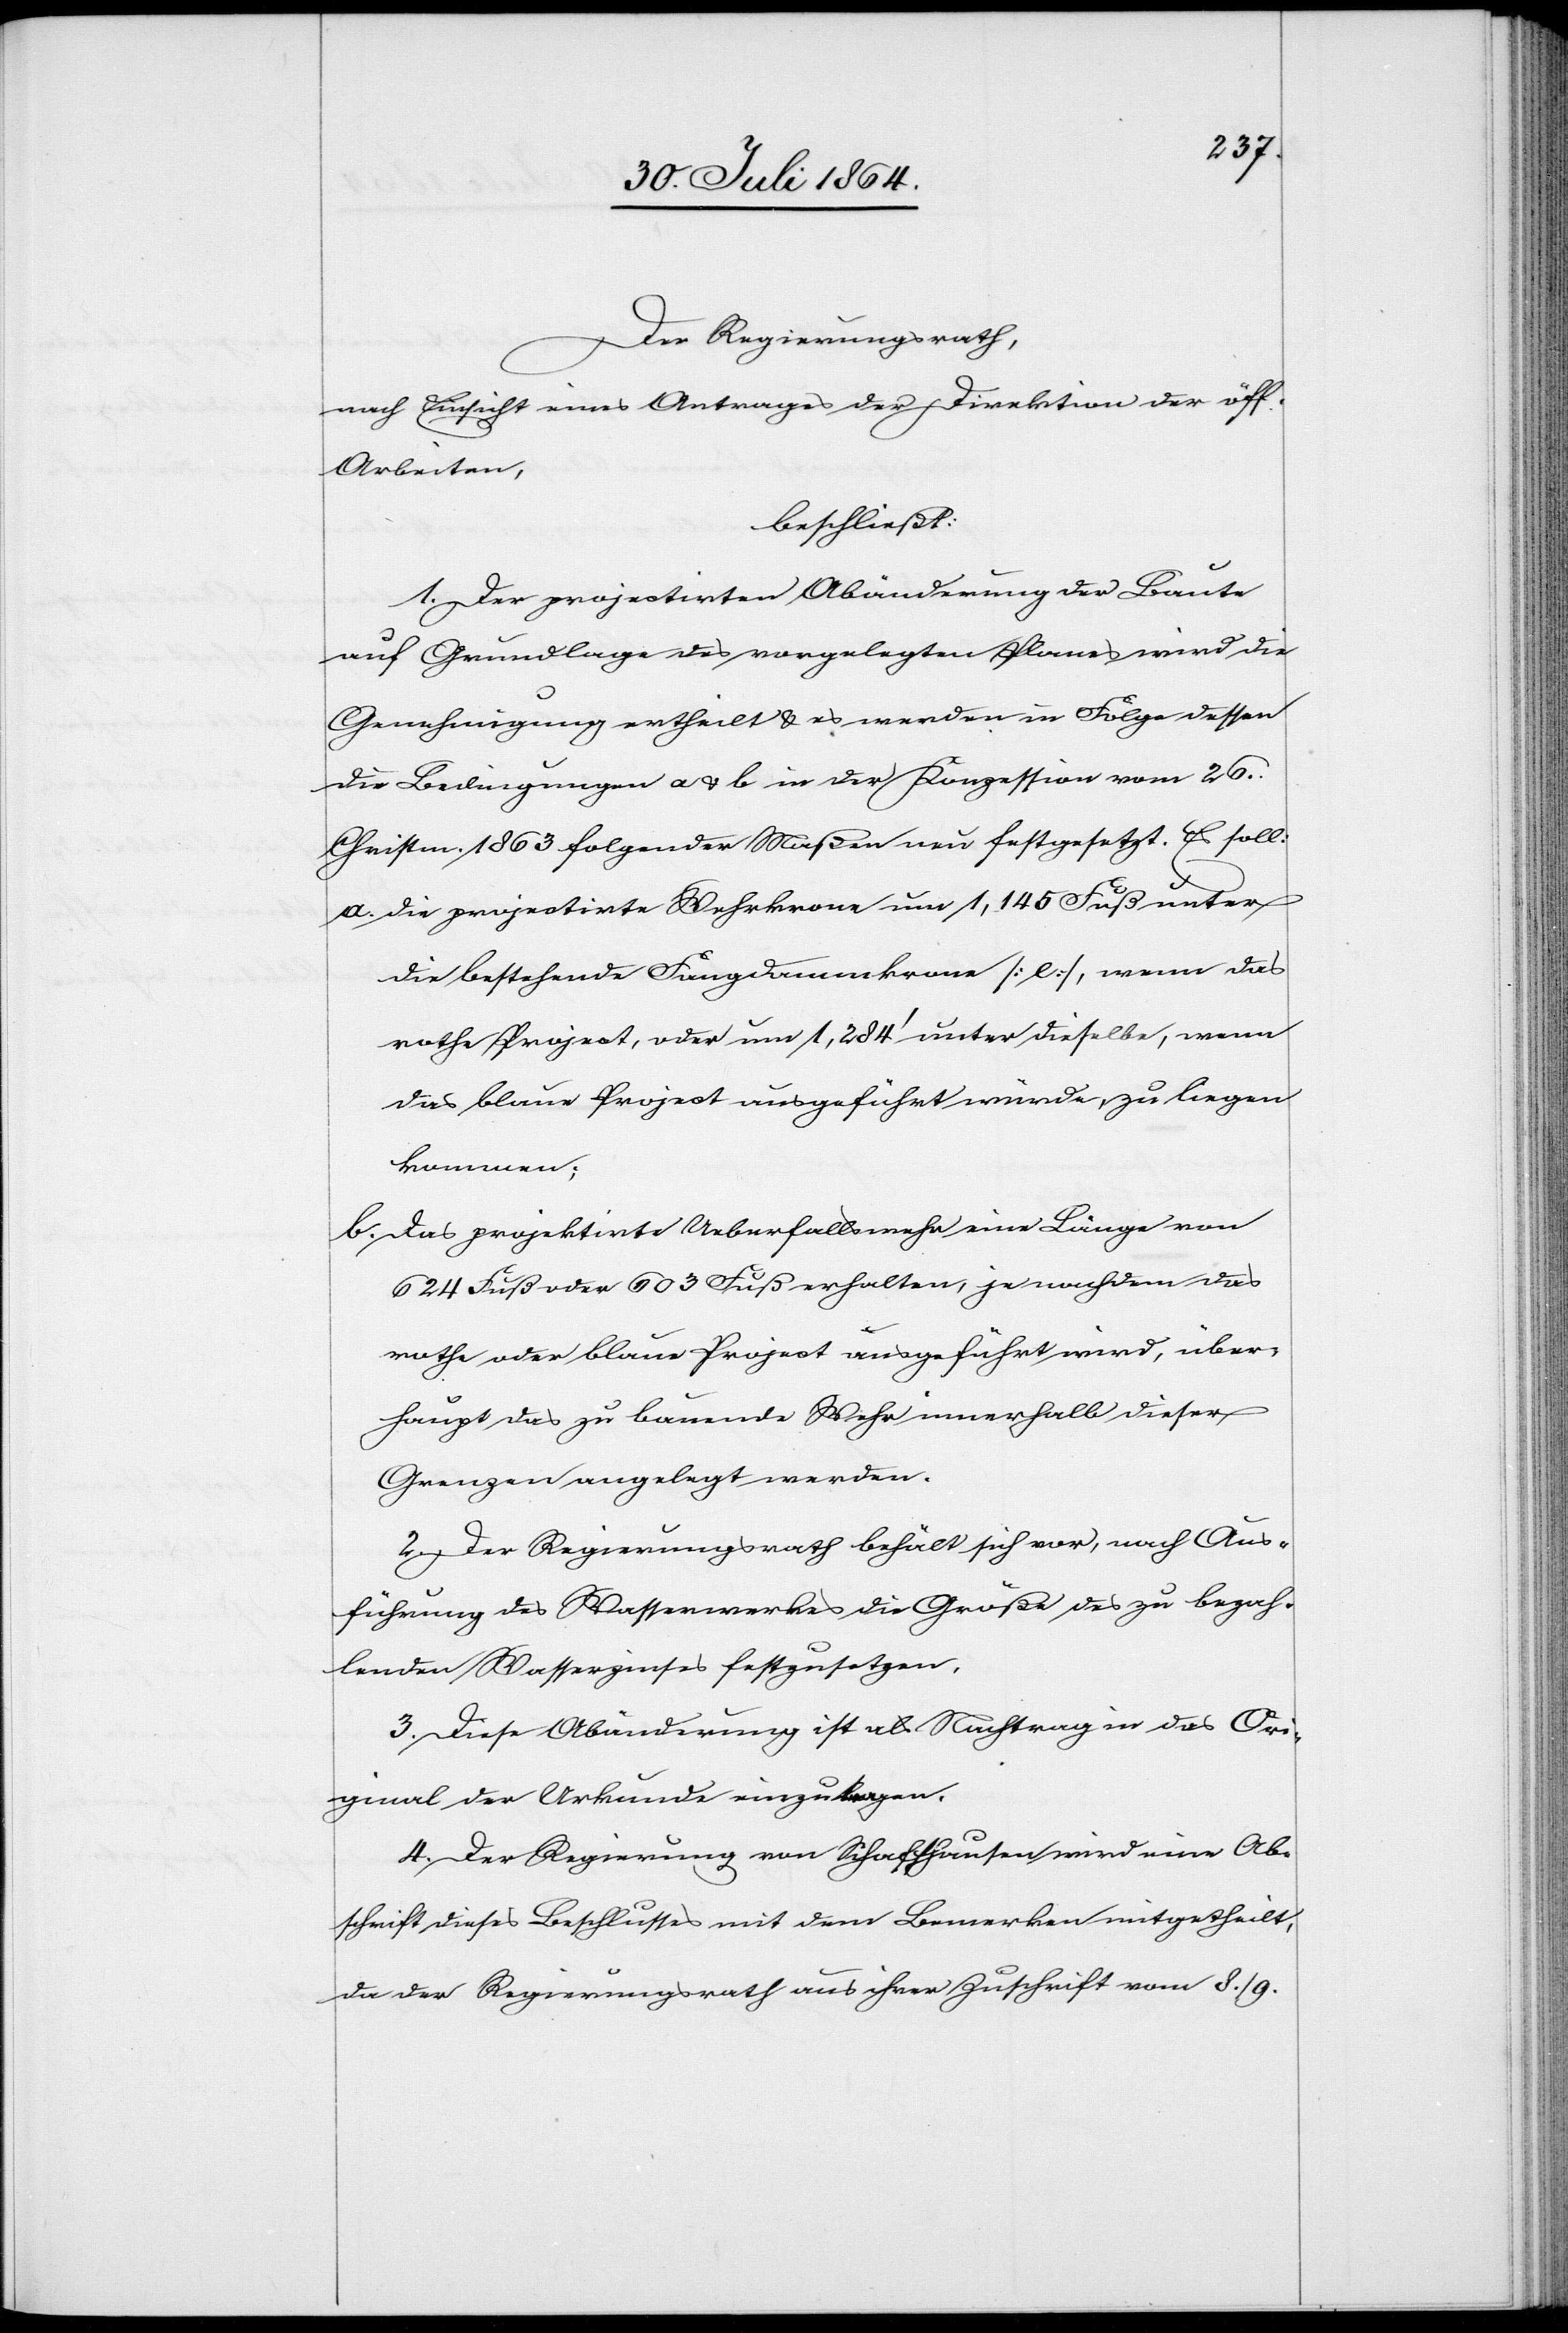
Der Regierungsrath,
nach Einsicht eines Antrages der Direktion der öff.
Arbeiten,
beschließt:
1. Der projectirten Abänderung der Baute
auf Grundlage des vorgelegten Planes wird die
Genehmigung ertheilt & es werden in Folge dessen
die Bedingungen a & b in der Konzession vom 26.
Christm. 1863 folgender Maßen neu festgesetzt. Es soll:
a.	die projectirte Wehrkrone um 1,145 Fuß unter
die bestehende Fangdammkrone [e], wenn das
rothe Project, oder um 1,284’ unter dieselbe, wenn
das blaue Project ausgeführt würde, zu liegen
kommen;
b.	Das projectirte Ueberfallswehr eine Länge von
624 Fuß oder 603 Fuß erhalten, je nachdem das
rothe oder blaue Project ausgeführt wird, über¬
haupt das zu bauende Wehr innerhalb dieser
Grenzen angelegt werden.
2. Der Regierungsrath behält sich vor, nach Aus¬
führung des Wasserwerkes die Größe des zu bezah¬
lenden Wasserzinses festzusetzen.
3. Diese Abänderung ist als Nachtrag in das Ori¬
ginal der Urkunde einzutragen.
4. Der Regierung von Schaffhausen wird eine Ab¬
schrift dieses Beschlusses mit dem Bemerken mitgetheilt,
da der Regierungsrath aus ihrer Zuschrift vom 8./9.